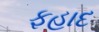
ફહાદ